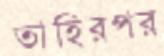
তাহিরপর